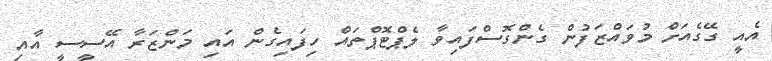
އެއީ ގޭގެއަށް މުވައްޒަފުން ގެންގޮސްފައިވާ ލެޕްޓޮޕްތައް ހިފައިގެން އައި މަންޒަރާ އޭސީސީ އާއި